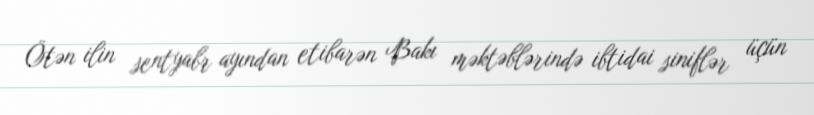
Ötən ilin sentyabr ayından etibarən Bakı məktəblərində ibtidai siniflər üçün